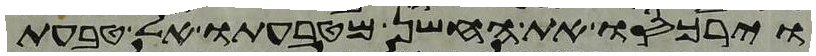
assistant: וירכסו את החשן מטבעתו אל טבעת